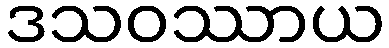
ဒသဝဿာယ